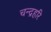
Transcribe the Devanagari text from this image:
चन्द्रहरि